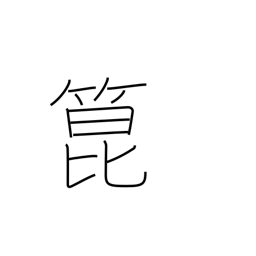
Meaning: bamboo shoots